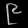
Digit: ၉